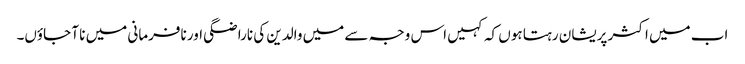
اب میں اکثر پریشان رہتا ہوں کہ کہیں اس وجہ سے میں والدین کی ناراضگی اور نافرمانی میں نا آ جاؤں۔